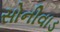
સોનીવાડ